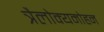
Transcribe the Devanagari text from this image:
त्रैलोक्यमोहन